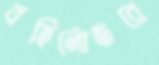
বহির্নোঙরে